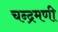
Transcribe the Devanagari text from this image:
चन्द्रमणी